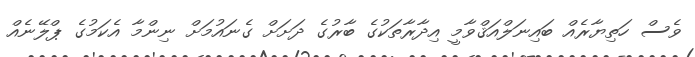
ވެސް ހަތިޔާރެއް ބައިނަލްއަޤްވާމީ އިދާރާތަކުގެ ބާރުގެ ދަށަށް ގެނައުމަށް ނިންމާ އެކަމުގެ ޕްލޭނެއް